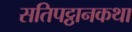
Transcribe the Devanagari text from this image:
सतिपट्ठानकथा